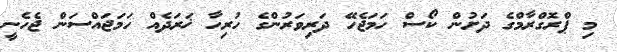
މި ޕްރޮގްރާމްގެ ދަށުން ކޯސް ހަމަޖެހޭ ދަރިވަރުންގެ ހުރިހާ ޚަރަދެއް ހަމަޖައްސަން ޖެހެނީ